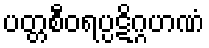
ပတ္တစီဝရပ္ပဋိဂ္ဂဟဏံ